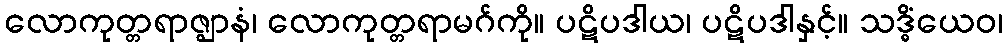
လောကုတ္တရာဇ္ဈာနံ၊ လောကုတ္တရာမဂ်ကို။ ပဋိပဒါယ၊ ပဋိပဒါနှင့်။ သဒ္ဓိံယေဝ၊